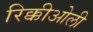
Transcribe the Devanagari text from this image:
रिक्कीओली